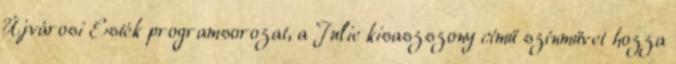
Újvárosi Esték programsorozat, a Julie kisaszszony című színművet hozza